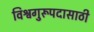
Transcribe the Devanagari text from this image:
विश्वगुरूपदासाठी